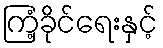
ကြံ့ခိုင်ရေးနှင့်